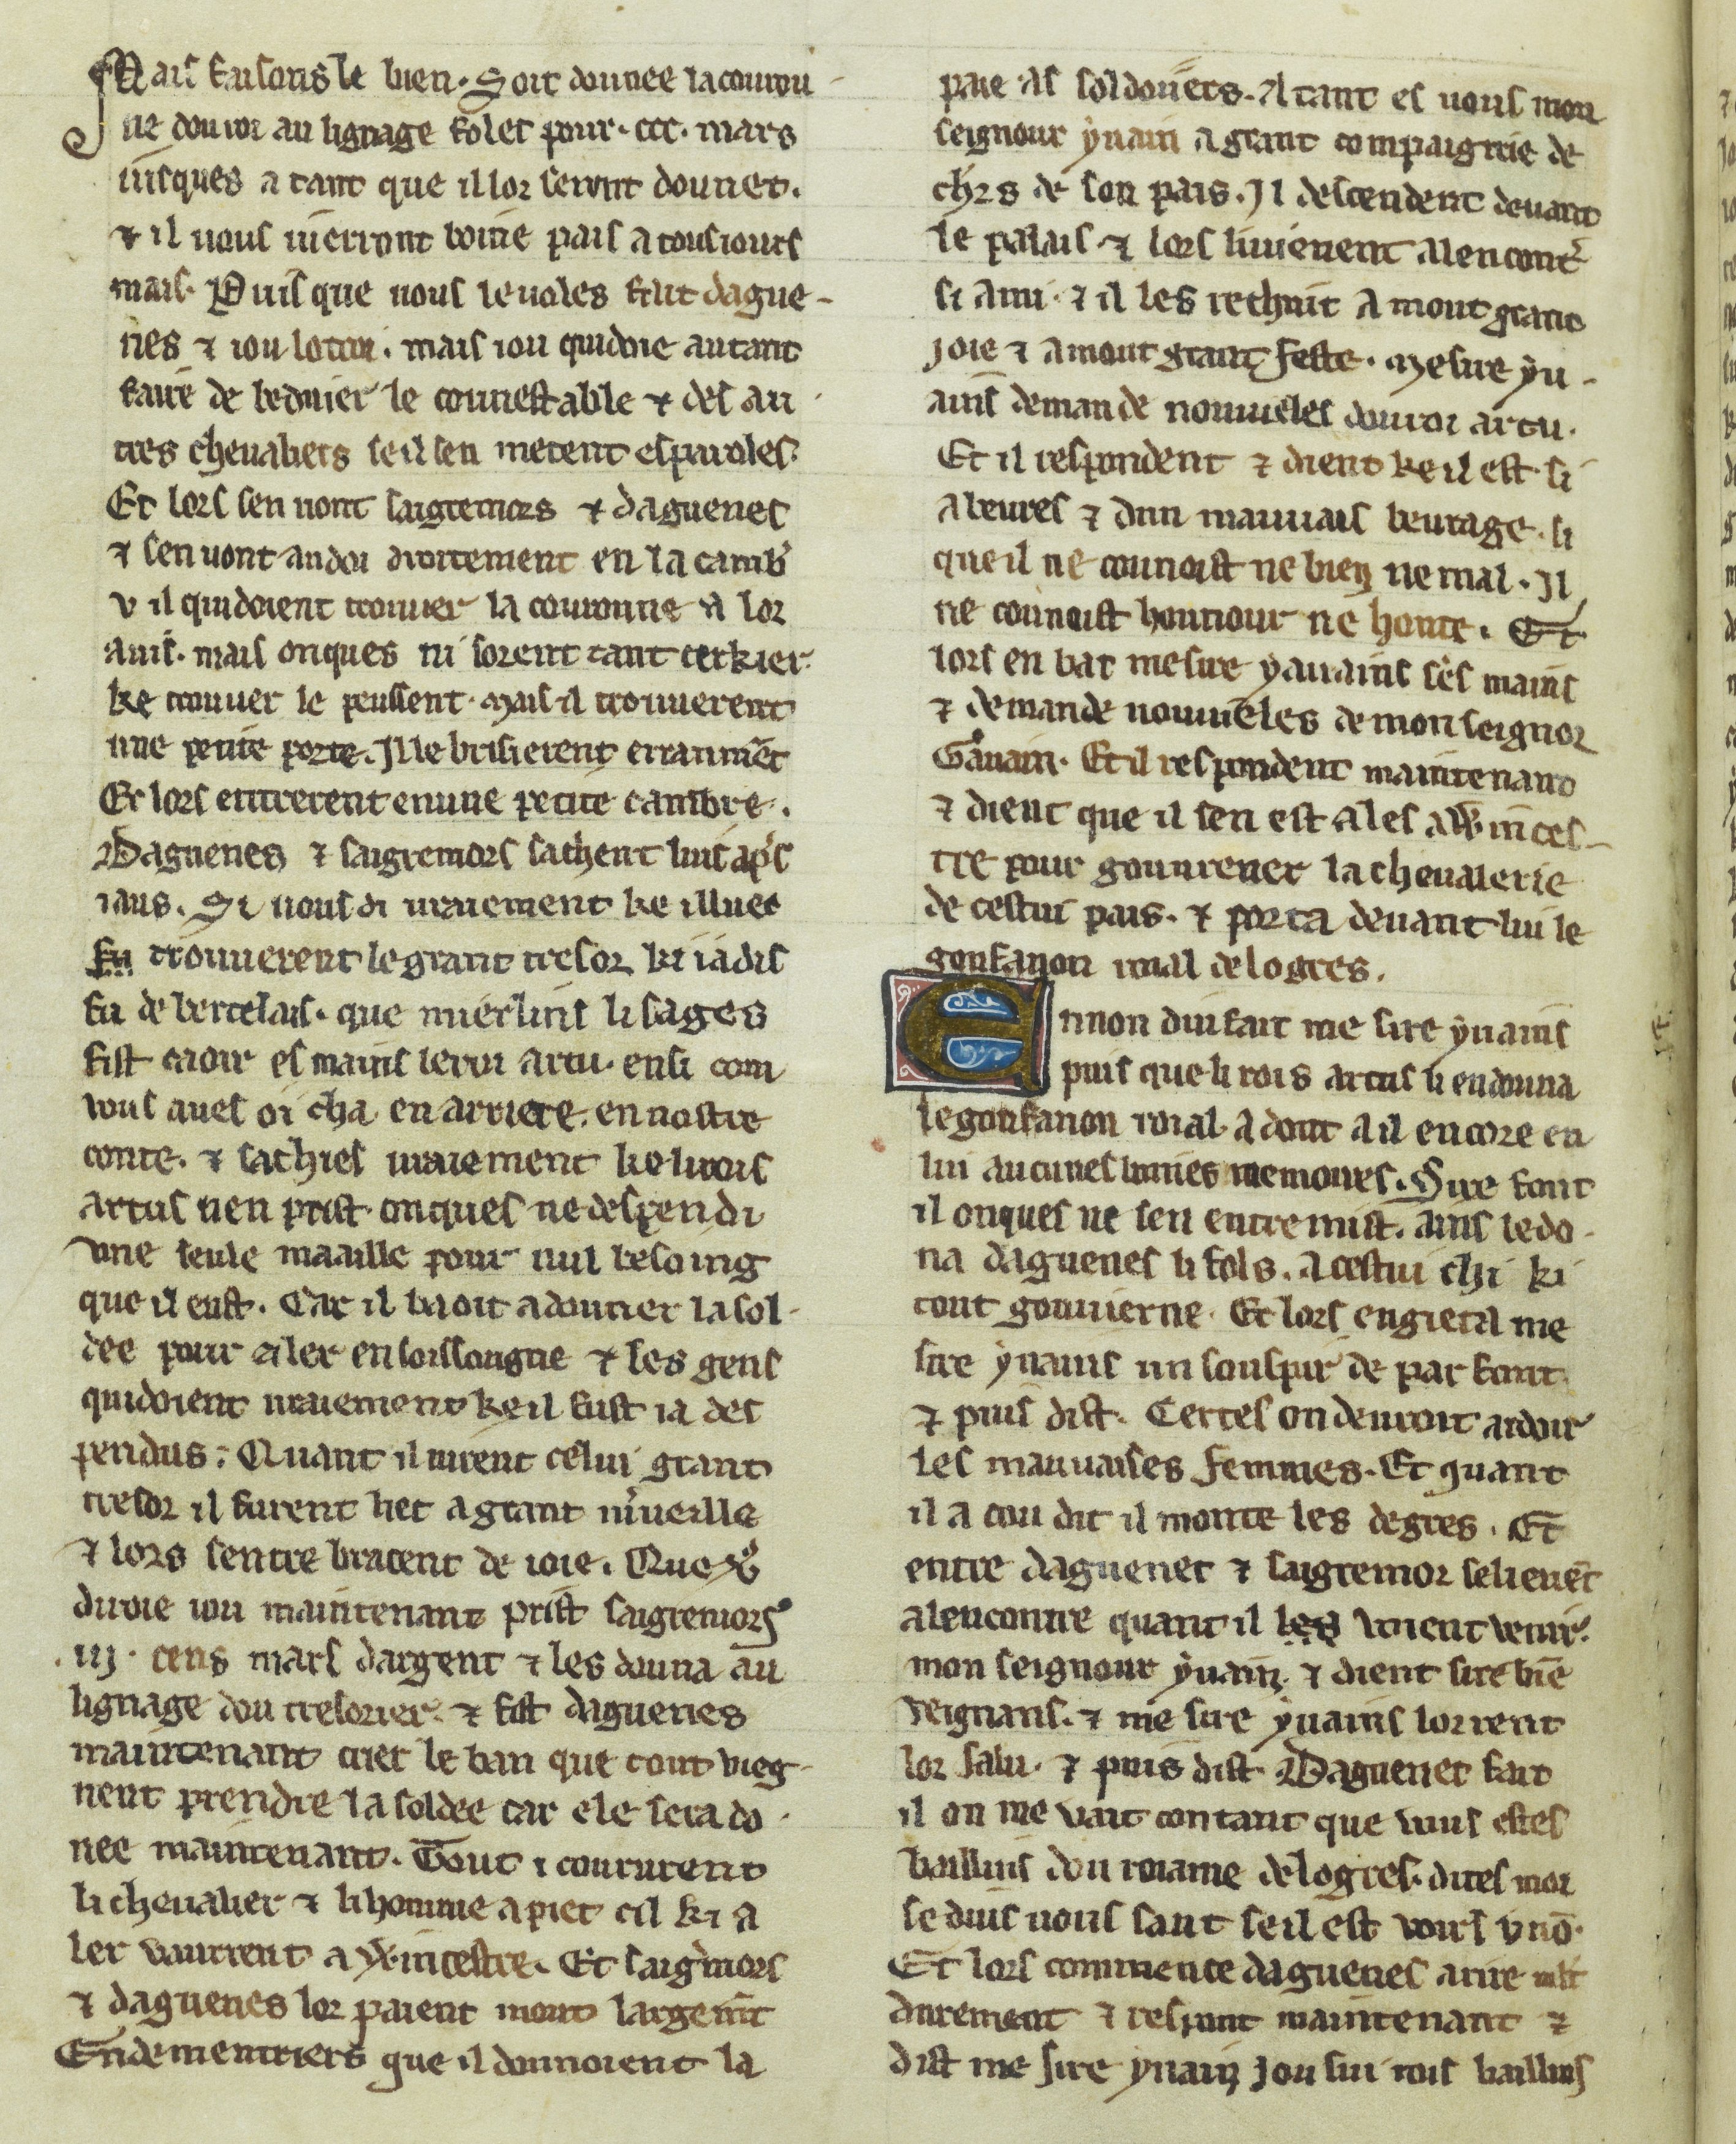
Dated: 1300–1330